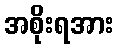
အစိုးရအား